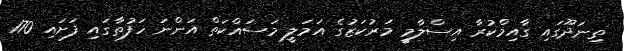
ތިނަދޫގައި ގާއިމްކުރާ އިސްލާމީ މަރުކަޒުގެ އަމަލީ މަސައްކަތް އަންނަ ހަފުތާގައި ފަށައި 170